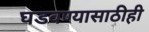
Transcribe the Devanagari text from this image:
घडवण्यासाठीही